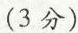
(3分)